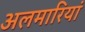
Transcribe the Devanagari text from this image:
अलमारियां